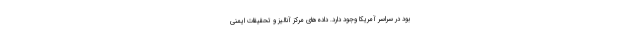
بود در سراسر آمریکا وجود دارد. داده‌های مرکز آنالیز و تحقیقات ایمنی